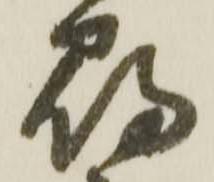
尋